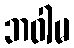
ဘဝါမ